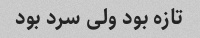
تازه بود ولی سرد بود